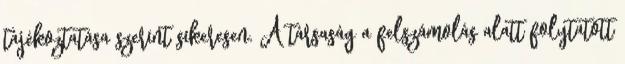
tájékoztatása szerint sikeresen. A társaság a felszámolás alatt folytatott